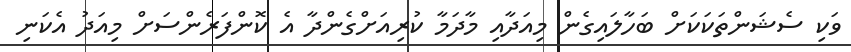
ވަކި ސެޝަންތަކަކަށް ބަހާލައިގެން މިއަދާއި މާދަމާ ކުރިއަށްގެންދާ އެ ކޮންފަރެންސަށް މިއަދު އެކަނި